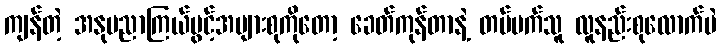
ကျန်တဲ့ အနုပညာကြယ်ပွင့်အများစုကိုတော့ ခေတ်ကုန်တာနဲ့ တပ်မက်သူ လူနည်းစုလောက်ပဲ